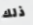
ذلك